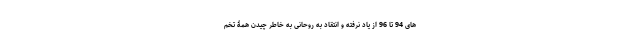
های 94 تا 96 از یاد نرفته و انتقاد به روحانی به خاطر چیدن همۀ تخم